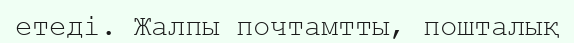
етеді. Жалпы почтамтты, пошталық